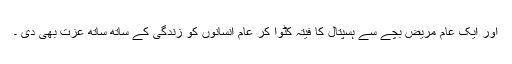
اور ایک عام مریض بچے سے ہسپتال کا فیتہ کٹوا کر عام انسانوں کو زندگی کے ساتھ ساتھ عزت بھی دی ۔